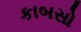
કાબસો